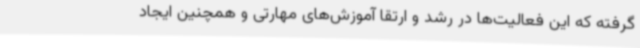
گرفته که این فعالیت‌ها در رشد و ارتقا آموزش‌های مهارتی و همچنین ایجاد